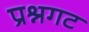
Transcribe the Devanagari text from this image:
प्रश्नगट